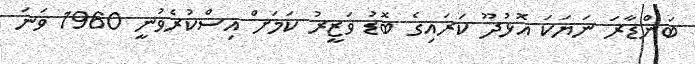
ބަންޑާރަ ނަޔަކަ އޮޅުދޫ ކަރައިގެ ބޮޑު ވަޒީރު ކަމަށް އިސްކުރެވުނީ 1960 ވަނަ